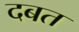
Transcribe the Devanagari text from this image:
दबत